38_143685_box_Incident_Summaries_101-172
Agency: Department of War
Page 64
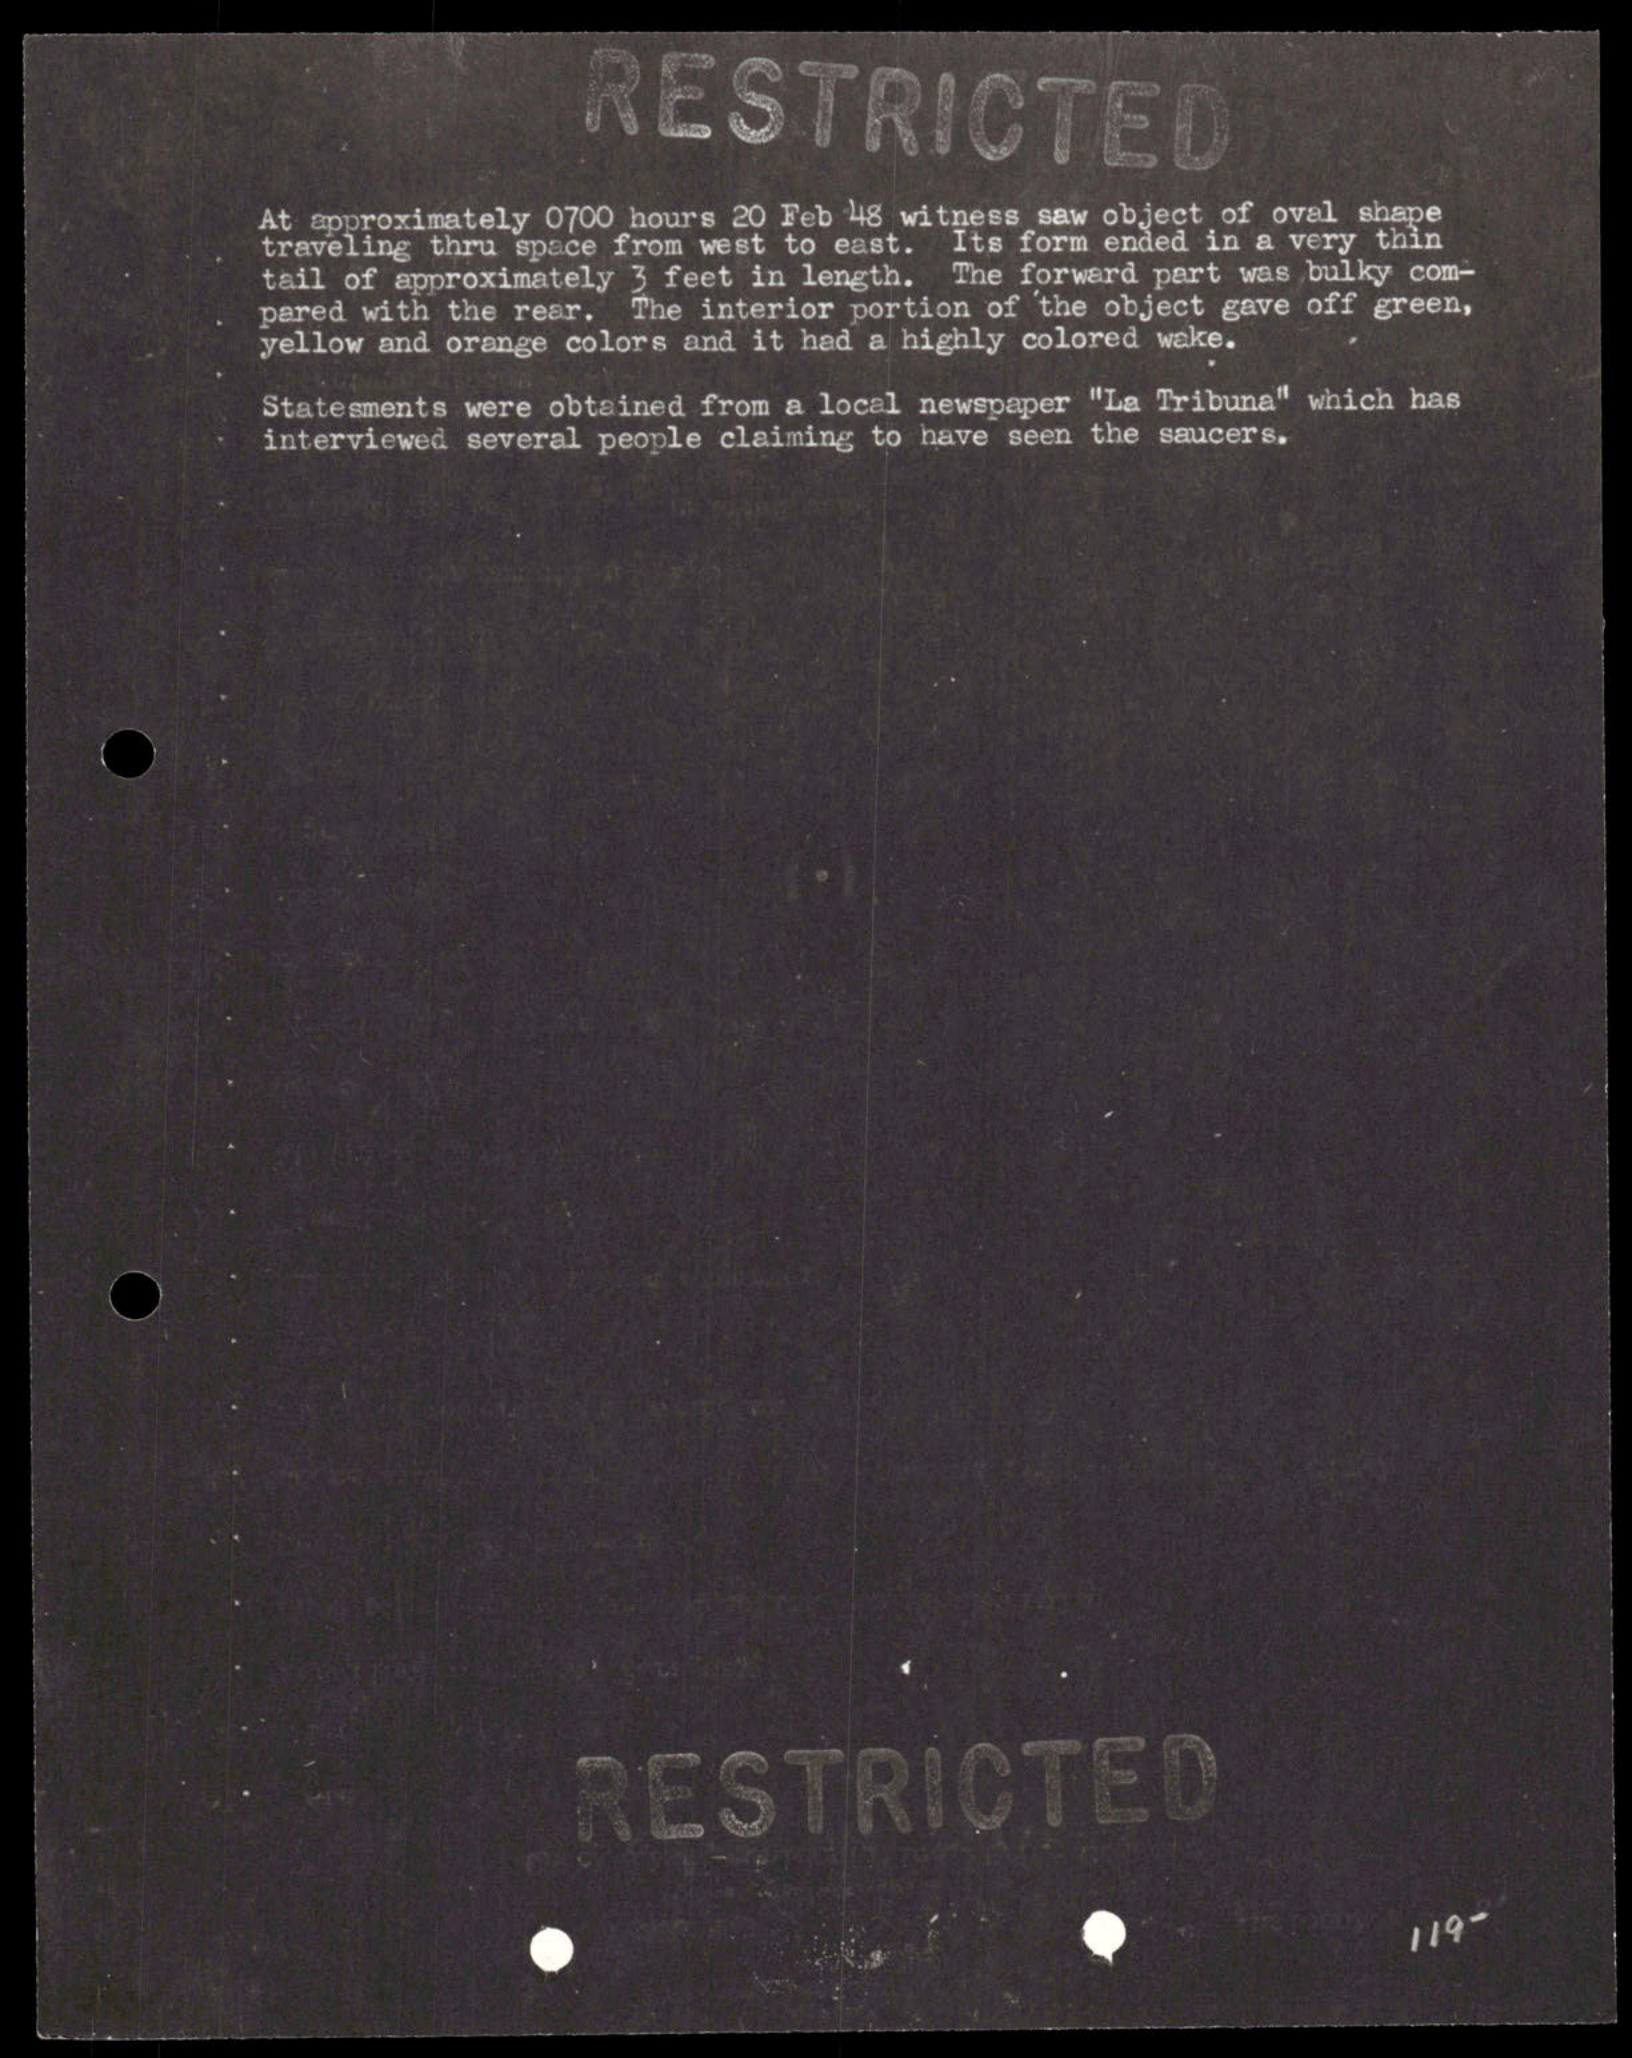